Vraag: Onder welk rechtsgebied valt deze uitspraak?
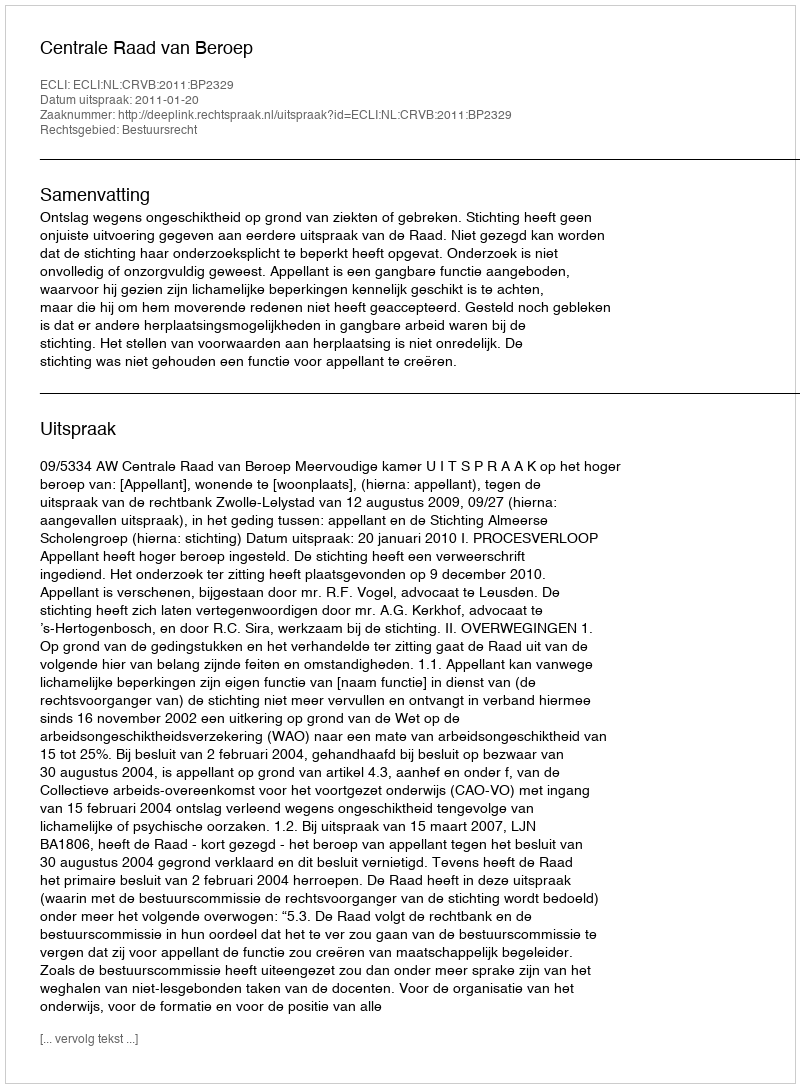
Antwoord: Bestuursrecht